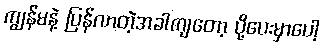
ကျွန်မနဲ့ ပြန်လာတဲ့အခါကျတော့ ပို့ပေးမှာပေါ့